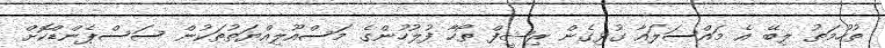
ތުހުމަތު ލިބޭ އެ މައްސަލައާ ގުޅިގެން ރިޝީފް ތޯހާ ފުލުހުންގެ މަސްއޫލިއްޔަތުތަކުން ސަސްޕެންޑްކޮށް